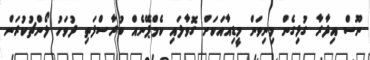
ނޫސް އިދާރާ ގުޅިގެން މިނިވަން މީޑިއާއަކަށް ގޮވާލައި ކެމްޕޭނެއް ބުރާސްފަތި ދުވަހު ލޯންޗުކުރަން